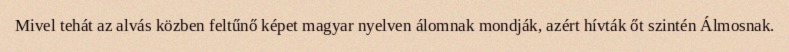
Mivel tehát az alvás közben feltűnő képet magyar nyelven álomnak mondják, azért hívták őt szintén Álmosnak.